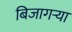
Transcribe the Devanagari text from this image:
बिजागऱ्या